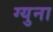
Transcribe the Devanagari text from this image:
ग्युना